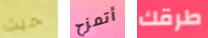
حيث أتمزح طرقك